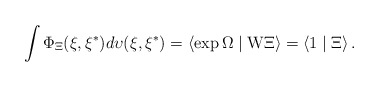
\begin{align*}\int \Phi _\Xi (\xi ,\xi ^{*})d\upsilon (\xi ,\xi ^{*})=\left\langle \exp\Omega \mid {\rm W}\Xi \right\rangle =\left\langle 1\mid \Xi \right\rangle .\end{align*}